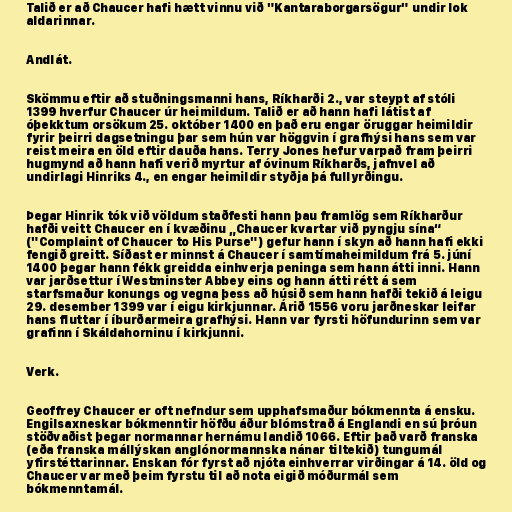
Talið er að Chaucer hafi hætt vinnu við "Kantaraborgarsögur" undir lok
aldarinnar.

Andlát.

Skömmu eftir að stuðningsmanni hans, Ríkharði 2., var steypt af stóli
1399 hverfur Chaucer úr heimildum. Talið er að hann hafi látist af
óþekktum orsökum 25. október 1400 en það eru engar öruggar heimildir
fyrir þeirri dagsetningu þar sem hún var höggvin í grafhýsi hans sem var
reist meira en öld eftir dauða hans. Terry Jones hefur varpað fram þeirri
hugmynd að hann hafi verið myrtur af óvinum Ríkharðs, jafnvel að
undirlagi Hinriks 4., en engar heimildir styðja þá fullyrðingu.

Þegar Hinrik tók við völdum staðfesti hann þau framlög sem Ríkharður
hafði veitt Chaucer en í kvæðinu „Chaucer kvartar við pyngju sína“
("Complaint of Chaucer to His Purse") gefur hann í skyn að hann hafi ekki
fengið greitt. Síðast er minnst á Chaucer í samtímaheimildum frá 5. júní
1400 þegar hann fékk greidda einhverja peninga sem hann átti inni. Hann
var jarðsettur í Westminster Abbey eins og hann átti rétt á sem
starfsmaður konungs og vegna þess að húsið sem hann hafði tekið á leigu
29. desember 1399 var í eigu kirkjunnar. Árið 1556 voru jarðneskar leifar
hans fluttar í íburðarmeira grafhýsi. Hann var fyrsti höfundurinn sem var
grafinn í Skáldahorninu í kirkjunni.

Verk.

Geoffrey Chaucer er oft nefndur sem upphafsmaður bókmennta á ensku.
Engilsaxneskar bókmenntir höfðu áður blómstrað á Englandi en sú þróun
stöðvaðist þegar normannar hernámu landið 1066. Eftir það varð franska
(eða franska mállýskan anglónormannska nánar tiltekið) tungumál
yfirstéttarinnar. Enskan fór fyrst að njóta einhverrar virðingar á 14. öld og
Chaucer var með þeim fyrstu til að nota eigið móðurmál sem
bókmenntamál.